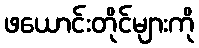
ဖယောင်းတိုင်များကို